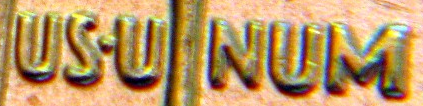
US-UNUM